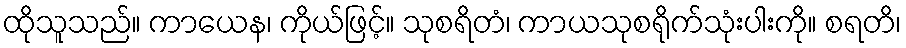
ထိုသူသည်။ ကာယေန၊ ကိုယ်ဖြင့်။ သုစရိတံ၊ ကာယသုစရိုက်သုံးပါးကို။ စရတိ၊